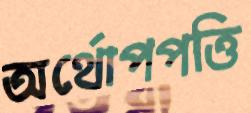
অর্থোপপত্তি